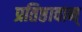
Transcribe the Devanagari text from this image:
प्रतिष्ठावान्